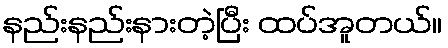
နည်းနည်းနားတဲ့ပြီး ထပ်အူတယ်။